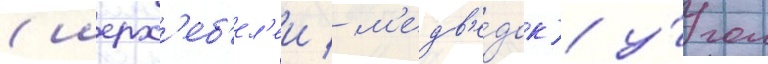
(шерх'еб'ел'еи / м'едв'е́док) у́гол